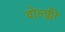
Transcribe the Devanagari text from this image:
वोल्फ्ली